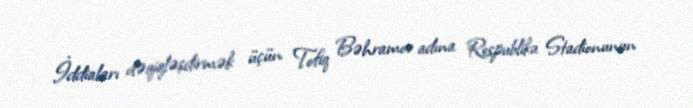
İddiaları dəqiqləşdirmək üçün Tofiq Bəhramov adına Respublika Stadionunun